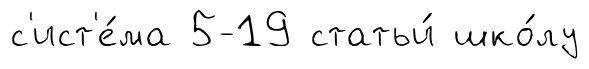
с'ист'е́ма 5-19 статьи́ шко́лу